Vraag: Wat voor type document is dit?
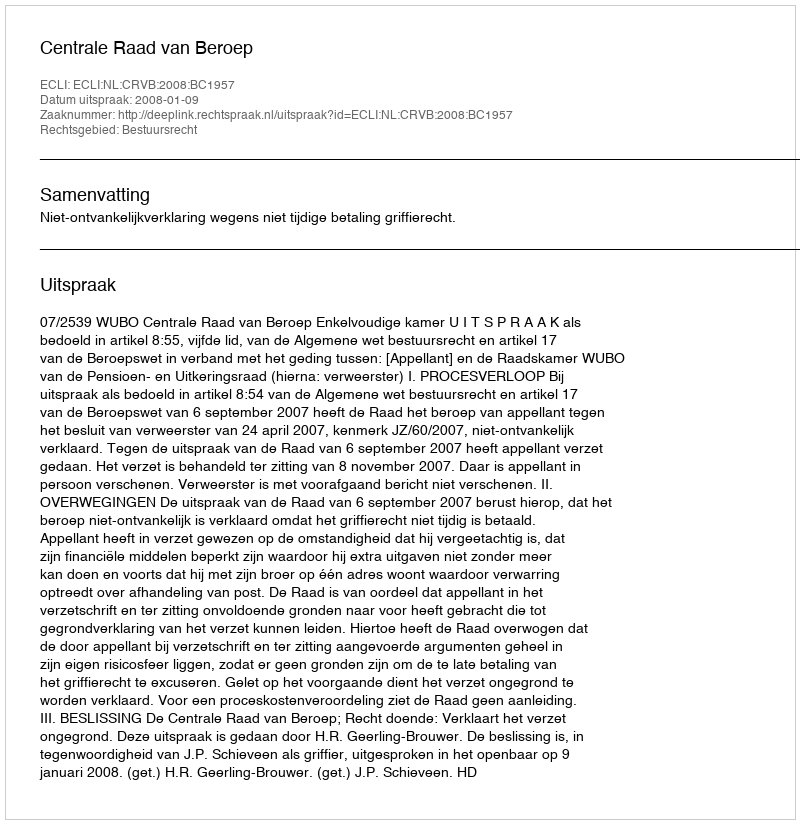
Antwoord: Uitspraak